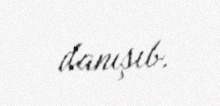
danışıb.